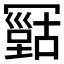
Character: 𠖠